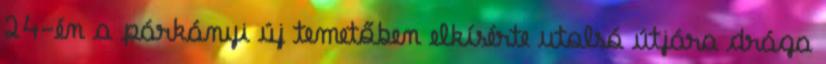
24-én a párkányi új temetőben elkísérte utolsó útjára drága